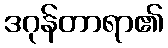
ဒဂုန်တာရာ၏